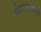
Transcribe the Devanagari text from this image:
बंकटलालाकडे